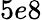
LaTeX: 5e8